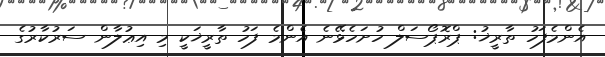
އެންމެފަހު ތާރީޚު: ޕްރޮޕޯސަލް ހުށަހެޅޭނެ އެންމެ ފަހު ތާރީޚަކީ މި އިޢުލާން ސަރުކާރުގެ